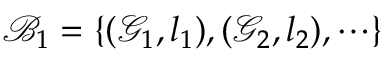
{ \mathcal { B } } _ { 1 } = \left\{ ( { \mathcal { G } } _ { 1 } , l _ { 1 } ) , ( { \mathcal { G } } _ { 2 } , l _ { 2 } ) , \cdots \right\}